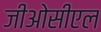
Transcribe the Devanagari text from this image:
जीओसीएल